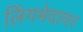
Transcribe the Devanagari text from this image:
लिंगभेदावर